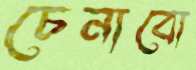
চেনাবো